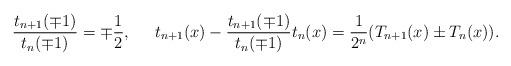
LaTeX: \begin{align*}\frac{t_{n+1}(\mp 1)}{t_n(\mp 1)}& =\mp\frac{ 1}{2}, &t_{n+1}(x)-\frac{t_{n+1}(\mp 1)}{t_n(\mp 1)}t_n(x)&=\frac{1}{2^n}(T_{n+1}(x)\pm T_n(x)).\end{align*}